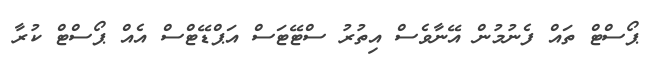
ޕޯސްޓް ތައް ފެނުމުން އޭނާވެސް އިތުރު ސްޓޭޓަސް އަޕްޑޭޓްސް އެއް ޕޯސްޓް ކުރާ